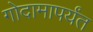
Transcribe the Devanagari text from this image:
गोदामापर्यंत